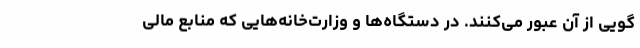
گویی از آن عبور می‌کنند. در دستگاه‌ها و وزارت‌خانه‌هایی که منابع مالی